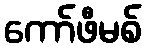
ကော်ဖီမစ်